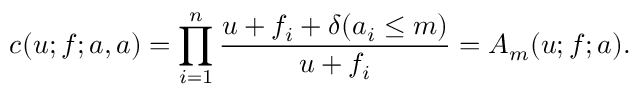
c ( u ; f ; a , a ) = \prod _ { i = 1 } ^ { n } \frac { u + f _ { i } + \delta ( a _ { i } \leq m ) } { u + f _ { i } } = A _ { m } ( u ; f ; a ) .